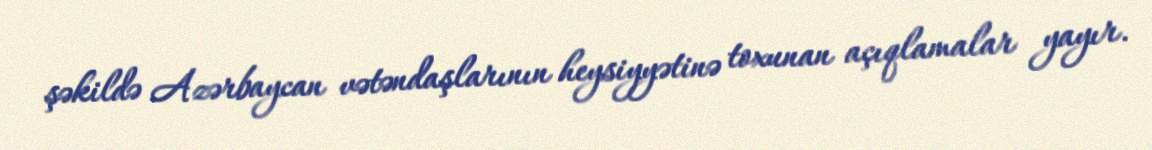
şəkildə Azərbaycan vətəndaşlarının heysiyyətinə toxunan açıqlamalar yayır.